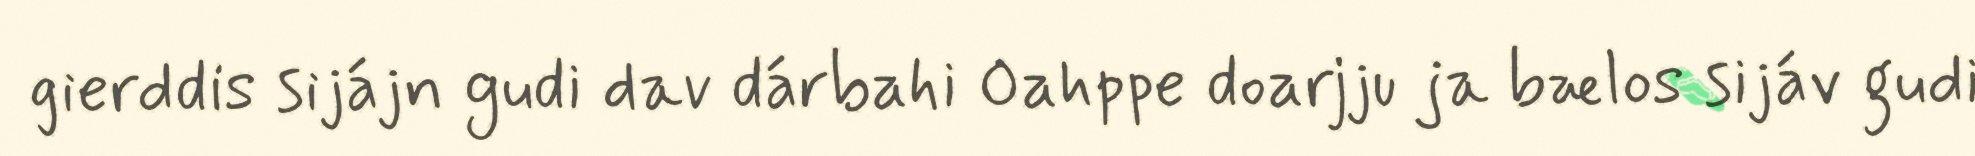
gierddis sijájn gudi dav dárbahi Oahppe doarjju ja bælos sijáv gudi